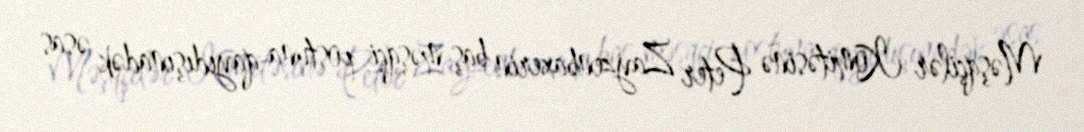
Məşqçilər Komitəsinə Peter Zayzenbaxerin baş məşqçi postuna qayıdışınadək əsas